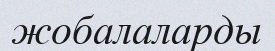
жобалаларды